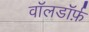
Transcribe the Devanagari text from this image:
वॉलडॉर्फ़